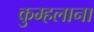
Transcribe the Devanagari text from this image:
कुम्हलाना